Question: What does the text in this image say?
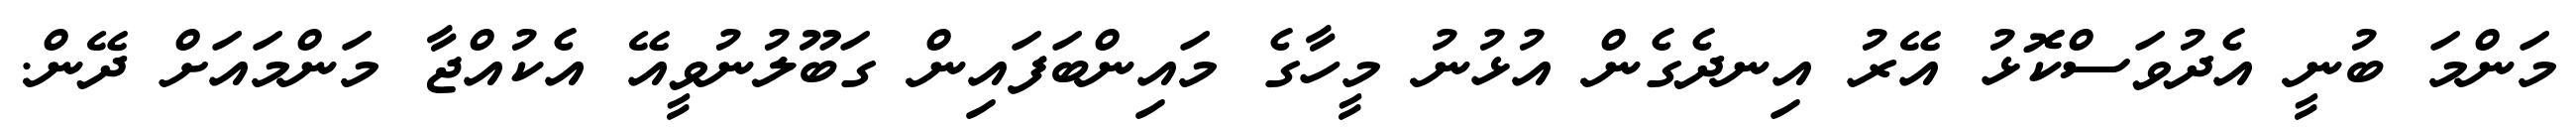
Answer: މަންމަ ބުނީ އެދުވަސްކޮޅު އޭރު އިނދެގެން އުޅުނު މީހާގެ މައިންބަފައިން ގަބޫލުނުވީއޭ އެކުއްޖާ މަންމައަށް ދޭން.